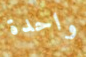
واحدة